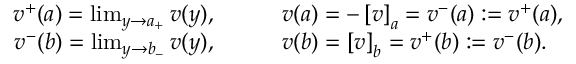
\begin{array} { r l } { v ^ { + } ( a ) = \operatorname* { l i m } _ { y \rightarrow a _ { + } } v ( y ) , \qquad } & { v ( a ) = - \left[ v \right] _ { a } = v ^ { - } ( a ) : = v ^ { + } ( a ) , } \\ { v ^ { - } ( b ) = \operatorname* { l i m } _ { y \rightarrow b _ { - } } v ( y ) , \qquad } & { v ( b ) = \left[ v \right] _ { b } = v ^ { + } ( b ) : = v ^ { - } ( b ) . } \end{array}